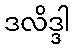
ဒလိဒ္ဒါ